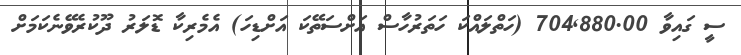
ސީ ގައިވާ 704